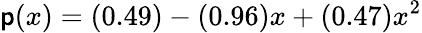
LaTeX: \mathsf{p}(x)=(0.49)-(0.96)x+(0.47)x^{2}